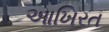
આખિરત